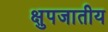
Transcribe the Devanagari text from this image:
क्षुपजातीय